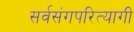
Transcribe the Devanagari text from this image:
सर्वसंगपरित्यागी